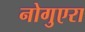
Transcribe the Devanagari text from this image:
नोगुएरा